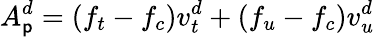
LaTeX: A_{\mathsf{p}}^{d}=(f_{t}-f_{c})v_{t}^{d}+(f_{u}-f_{c})v_{u}^{d}